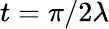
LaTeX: t=\pi/2\lambda